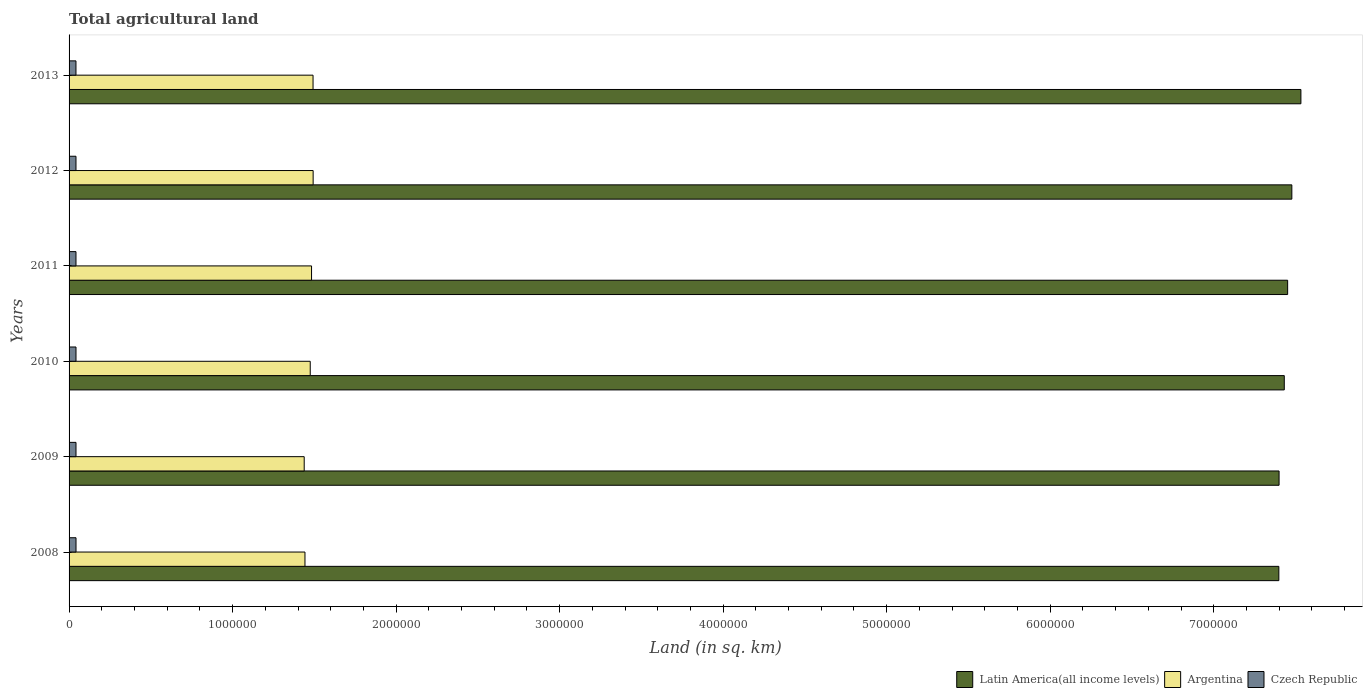
| Years | Latin America(all income levels) | Argentina | Czech Republic |
 | --- | --- | --- | --- |
 | 2008 | 7.4e+06 | 1.44e+06 | 4.24e+04 |
 | 2009 | 7.4e+06 | 1.44e+06 | 4.24e+04 |
 | 2010 | 7.43e+06 | 1.47e+06 | 4.23e+04 |
 | 2011 | 7.45e+06 | 1.48e+06 | 4.23e+04 |
 | 2012 | 7.48e+06 | 1.49e+06 | 4.22e+04 |
 | 2013 | 7.53e+06 | 1.49e+06 | 4.22e+04 |